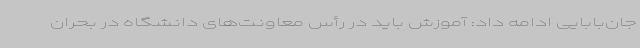
جان‌بابایی ادامه داد: آموزش باید در رأس معاونت‌های دانشگاه در بحران